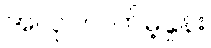
အလုပ်လက်မဲ့နှုန်း